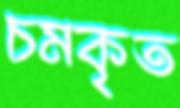
চমকৃত